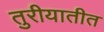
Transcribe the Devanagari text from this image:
तुरीयातीत